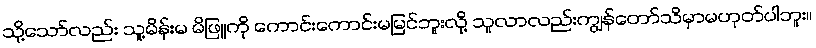
သို့သော်လည်း သူ့မိန်းမ မိဖြူကို ကောင်းကောင်းမမြင်ဘူးလို့ သူလာလည်းကျွန်တော်သိမှာမဟုတ်ပါဘူး။